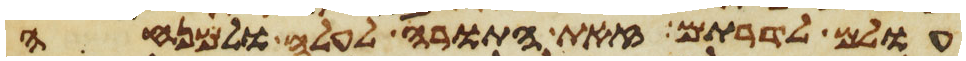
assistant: עולם לדרותם זאת התורה לעלה ולמנחה